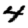
Digit: 4